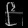
Digit: ၉